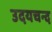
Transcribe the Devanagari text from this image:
उदयचन्द